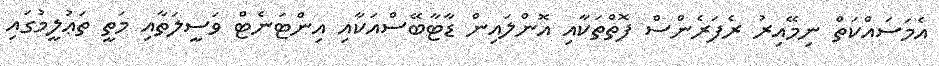
އެމަސައްކަތް ނިމޭއިރު ރެފަރެންސް ފޮތްތަކާއި އޮންލައިން ޑާޓާބޭސްއަކާއި އިންޓަނެޓް ވަސީލަތާއި މަތީ ތަޢުލީމުގައި